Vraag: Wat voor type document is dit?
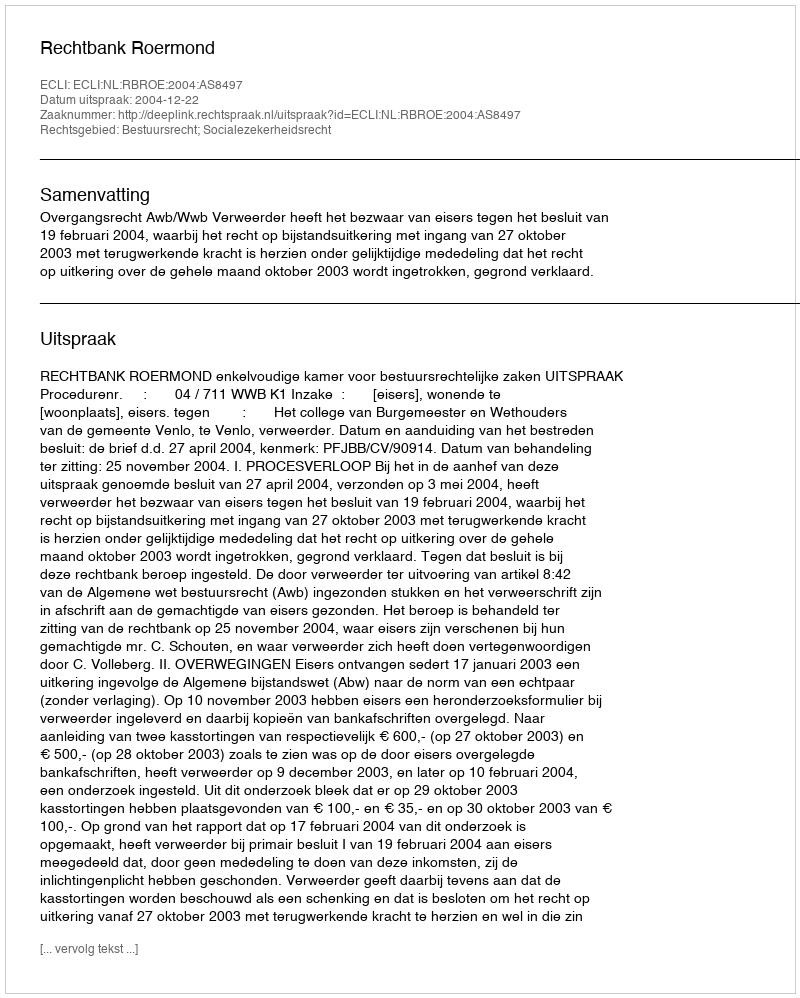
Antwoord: Uitspraak